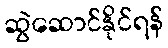
ဆွဲဆောင်နိုင်ရန်